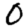
Digit: 0